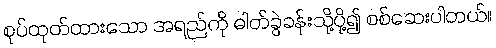
စုပ်ထုတ်ထားသော အရည်ကို ဓါတ်ခွဲခန်းသို့ပို့၍ စစ်ဆေးပါတယ်။